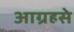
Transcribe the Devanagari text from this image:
आग्रहसे